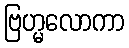
ဗြဟ္မလောကာ